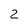
Character: 2